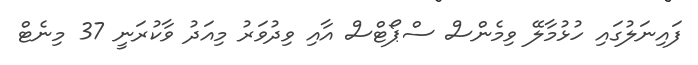
ފައިނަލުގައި ހުޅުމާލޭ ވިމެންސް ސްޕޯޓްސް އާއި ވިދުވަރު މިއަދު ވާކުރަނީ 37 މިނެޓް